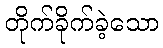
တိုက်ခိုက်ခဲ့သော